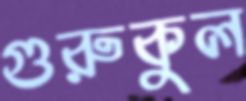
গুরুকুল